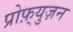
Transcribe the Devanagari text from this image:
प्रोफ़्युज़न